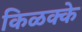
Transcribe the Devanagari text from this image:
किळक्के